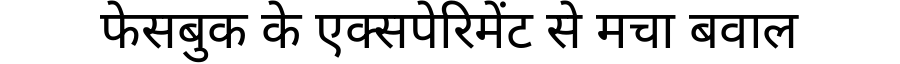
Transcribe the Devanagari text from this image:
फेसबुक के एक्सपेरिमेंट से मचा बवाल